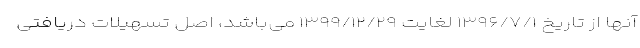
آنها از تاریخ ۱۳۹۶/۷/۱ لغایت ۱۳۹۹/۱۲/۲۹ می‌باشد، اصل تسهیلات دریافتی